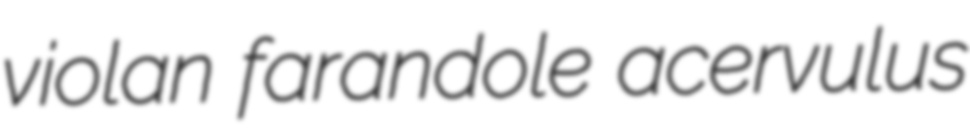
violan farandole acervulus